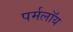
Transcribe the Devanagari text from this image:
पर्मलॉय